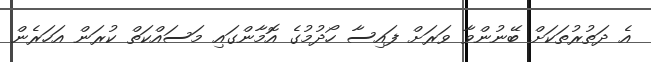
އެ ދަތުރުތަކަށް ބޭނުންވާ ވަރަށް ފައިސާ ހޯދުމުގެ އޮމާންގައި މަސައްކަތް ކުރަން އަހަރެން